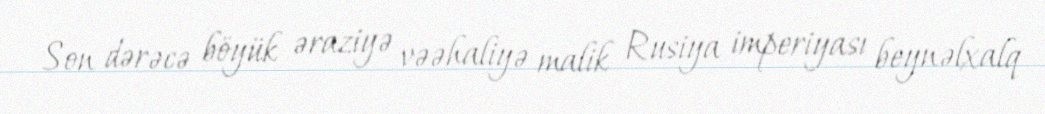
Son dərəcə böyük əraziyə vəəhaliyə malik Rusiya imperiyası beynəlxalq